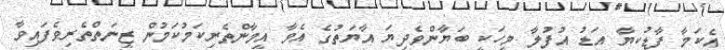
އެކަމާ ފާޑުކިޔާ އަޑު އުފުލާ މީހަކީ ބަޔާންވެދިޔަ އާޔަތުގެ އެވާ އީމާންތެރިކަމުކަމުން ޒީނަތްތެރިވެފައިވާ